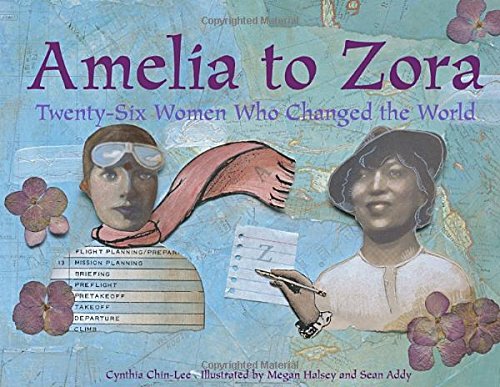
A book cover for Amelia to Zora: Twenty-Six Women Who Changed the World; Cynthia Chin-Lee; Children's Books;